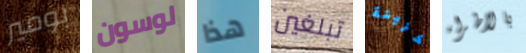
بومير لوسون هذا تبلغين خزينة بالاطراء